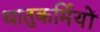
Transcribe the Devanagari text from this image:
धातुकर्मियों